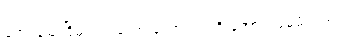
အေးချမ်းငြိမ်သက်သော တောဘဝကို အောက်မေ့မိသည်။